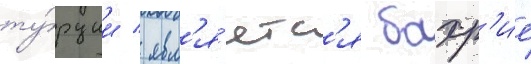
ту́рции / явл'я́етс'я бахр'ие